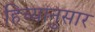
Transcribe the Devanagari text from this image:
हिच्यानुसार